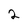
Character: 2